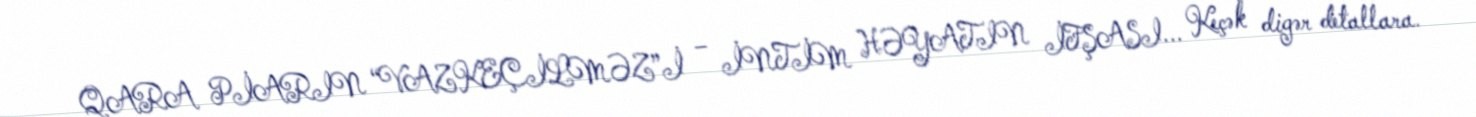
QARA PİARIN “VAZKEÇİLMƏZ”İ – İNTİM HƏYATIN İFŞASI... Keçək digər detallara.